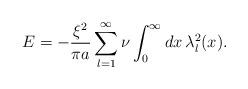
LaTeX: \begin{align*}E=- \frac{\xi ^2}{\pi a}\sum_{l=1}^{\infty}\nu \int_{0}^{\infty} dx\,\lambda_l^2(x).\end{align*}